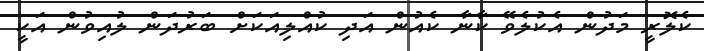
ކެލޮރީ މަދުން އެކުލެވޭ ކާނާ ކެއުން އަދި ކުއްލިއަކަށް ބަރުދަން ލުއިވުން އަކީ